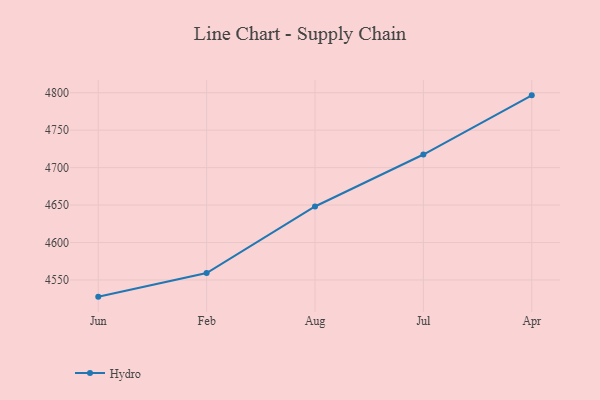
{"axis": {"x": "Month", "y": "Page Views"}, "legend": ["Hydro"], "data": [{"x": "Jun", "y": 4527.7, "type": "Hydro"}, {"x": "Feb", "y": 4559.2, "type": "Hydro"}, {"x": "Aug", "y": 4648.1, "type": "Hydro"}, {"x": "Jul", "y": 4717.5, "type": "Hydro"}, {"x": "Apr", "y": 4796.5, "type": "Hydro"}]}